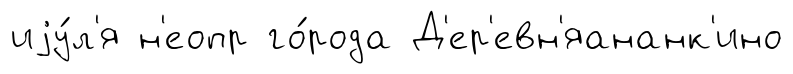
иjу́л'я н'еопр го́рода Д'ер'евн'яананк'ино